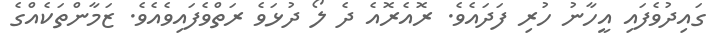
ގައިދުވެފައި އީހާނު ހުރި ފަދައެވެ. ރޮއެރޮއެ ދެ ލޯ ދުޅަވެ ރަތްވެފައިވެއެވެ. ޒަމާންތަކެއްގެ